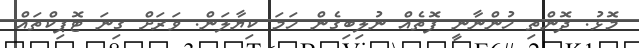
މޮޅު. ދޮންތި ހުންނާނީ ފޮތެއް ނުލިބިގެން ހަމަ ކިޔާލަން. ވަރަށް ގިނަ ޓޮޕިކްތައް